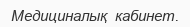
Медициналық  кабинет.